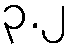
၃.၂